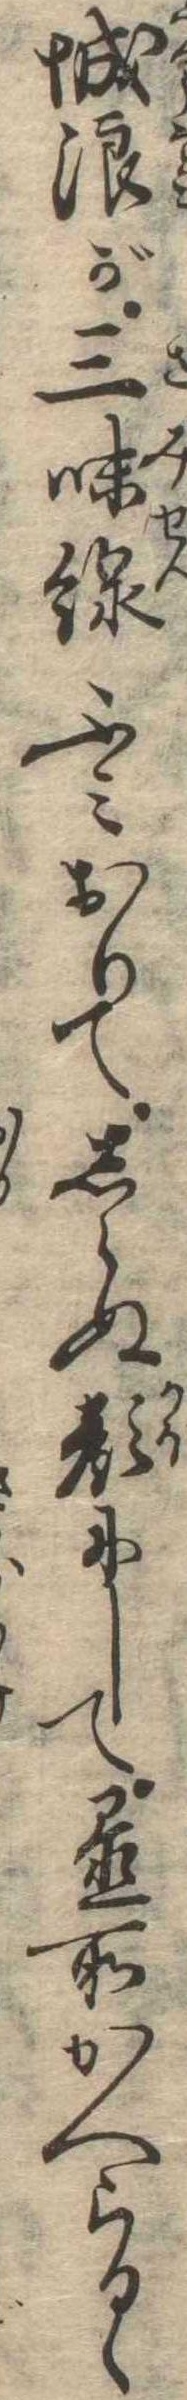
城浪が三味線ふみおりてしらぬ顔にして置所かへらるゝ